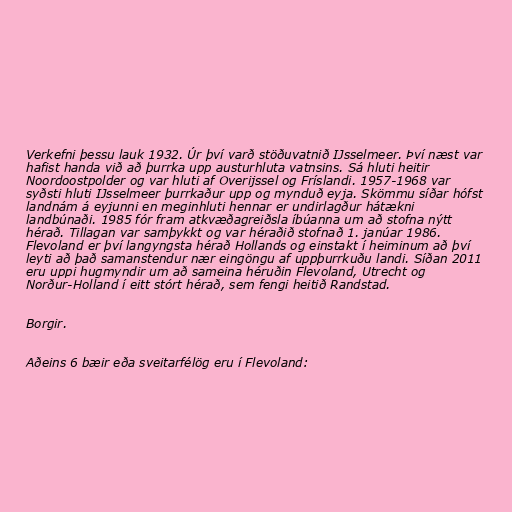
Verkefni þessu lauk 1932. Úr því varð stöðuvatnið IJsselmeer. Því næst var
hafist handa við að þurrka upp austurhluta vatnsins. Sá hluti heitir
Noordoostpolder og var hluti af Overijssel og Fríslandi. 1957-1968 var
syðsti hluti IJsselmeer þurrkaður upp og mynduð eyja. Skömmu síðar hófst
landnám á eyjunni en meginhluti hennar er undirlagður hátækni
landbúnaði. 1985 fór fram atkvæðagreiðsla íbúanna um að stofna nýtt
hérað. Tillagan var samþykkt og var héraðið stofnað 1. janúar 1986.
Flevoland er því langyngsta hérað Hollands og einstakt í heiminum að því
leyti að það samanstendur nær eingöngu af uppþurrkuðu landi. Síðan 2011
eru uppi hugmyndir um að sameina héruðin Flevoland, Utrecht og
Norður-Holland í eitt stórt hérað, sem fengi heitið Randstad.

Borgir.

Aðeins 6 bæir eða sveitarfélög eru í Flevoland: